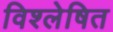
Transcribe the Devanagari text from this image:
विश्‍लेषित